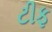
ટીફ